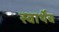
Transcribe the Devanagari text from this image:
स्वार्थेंच